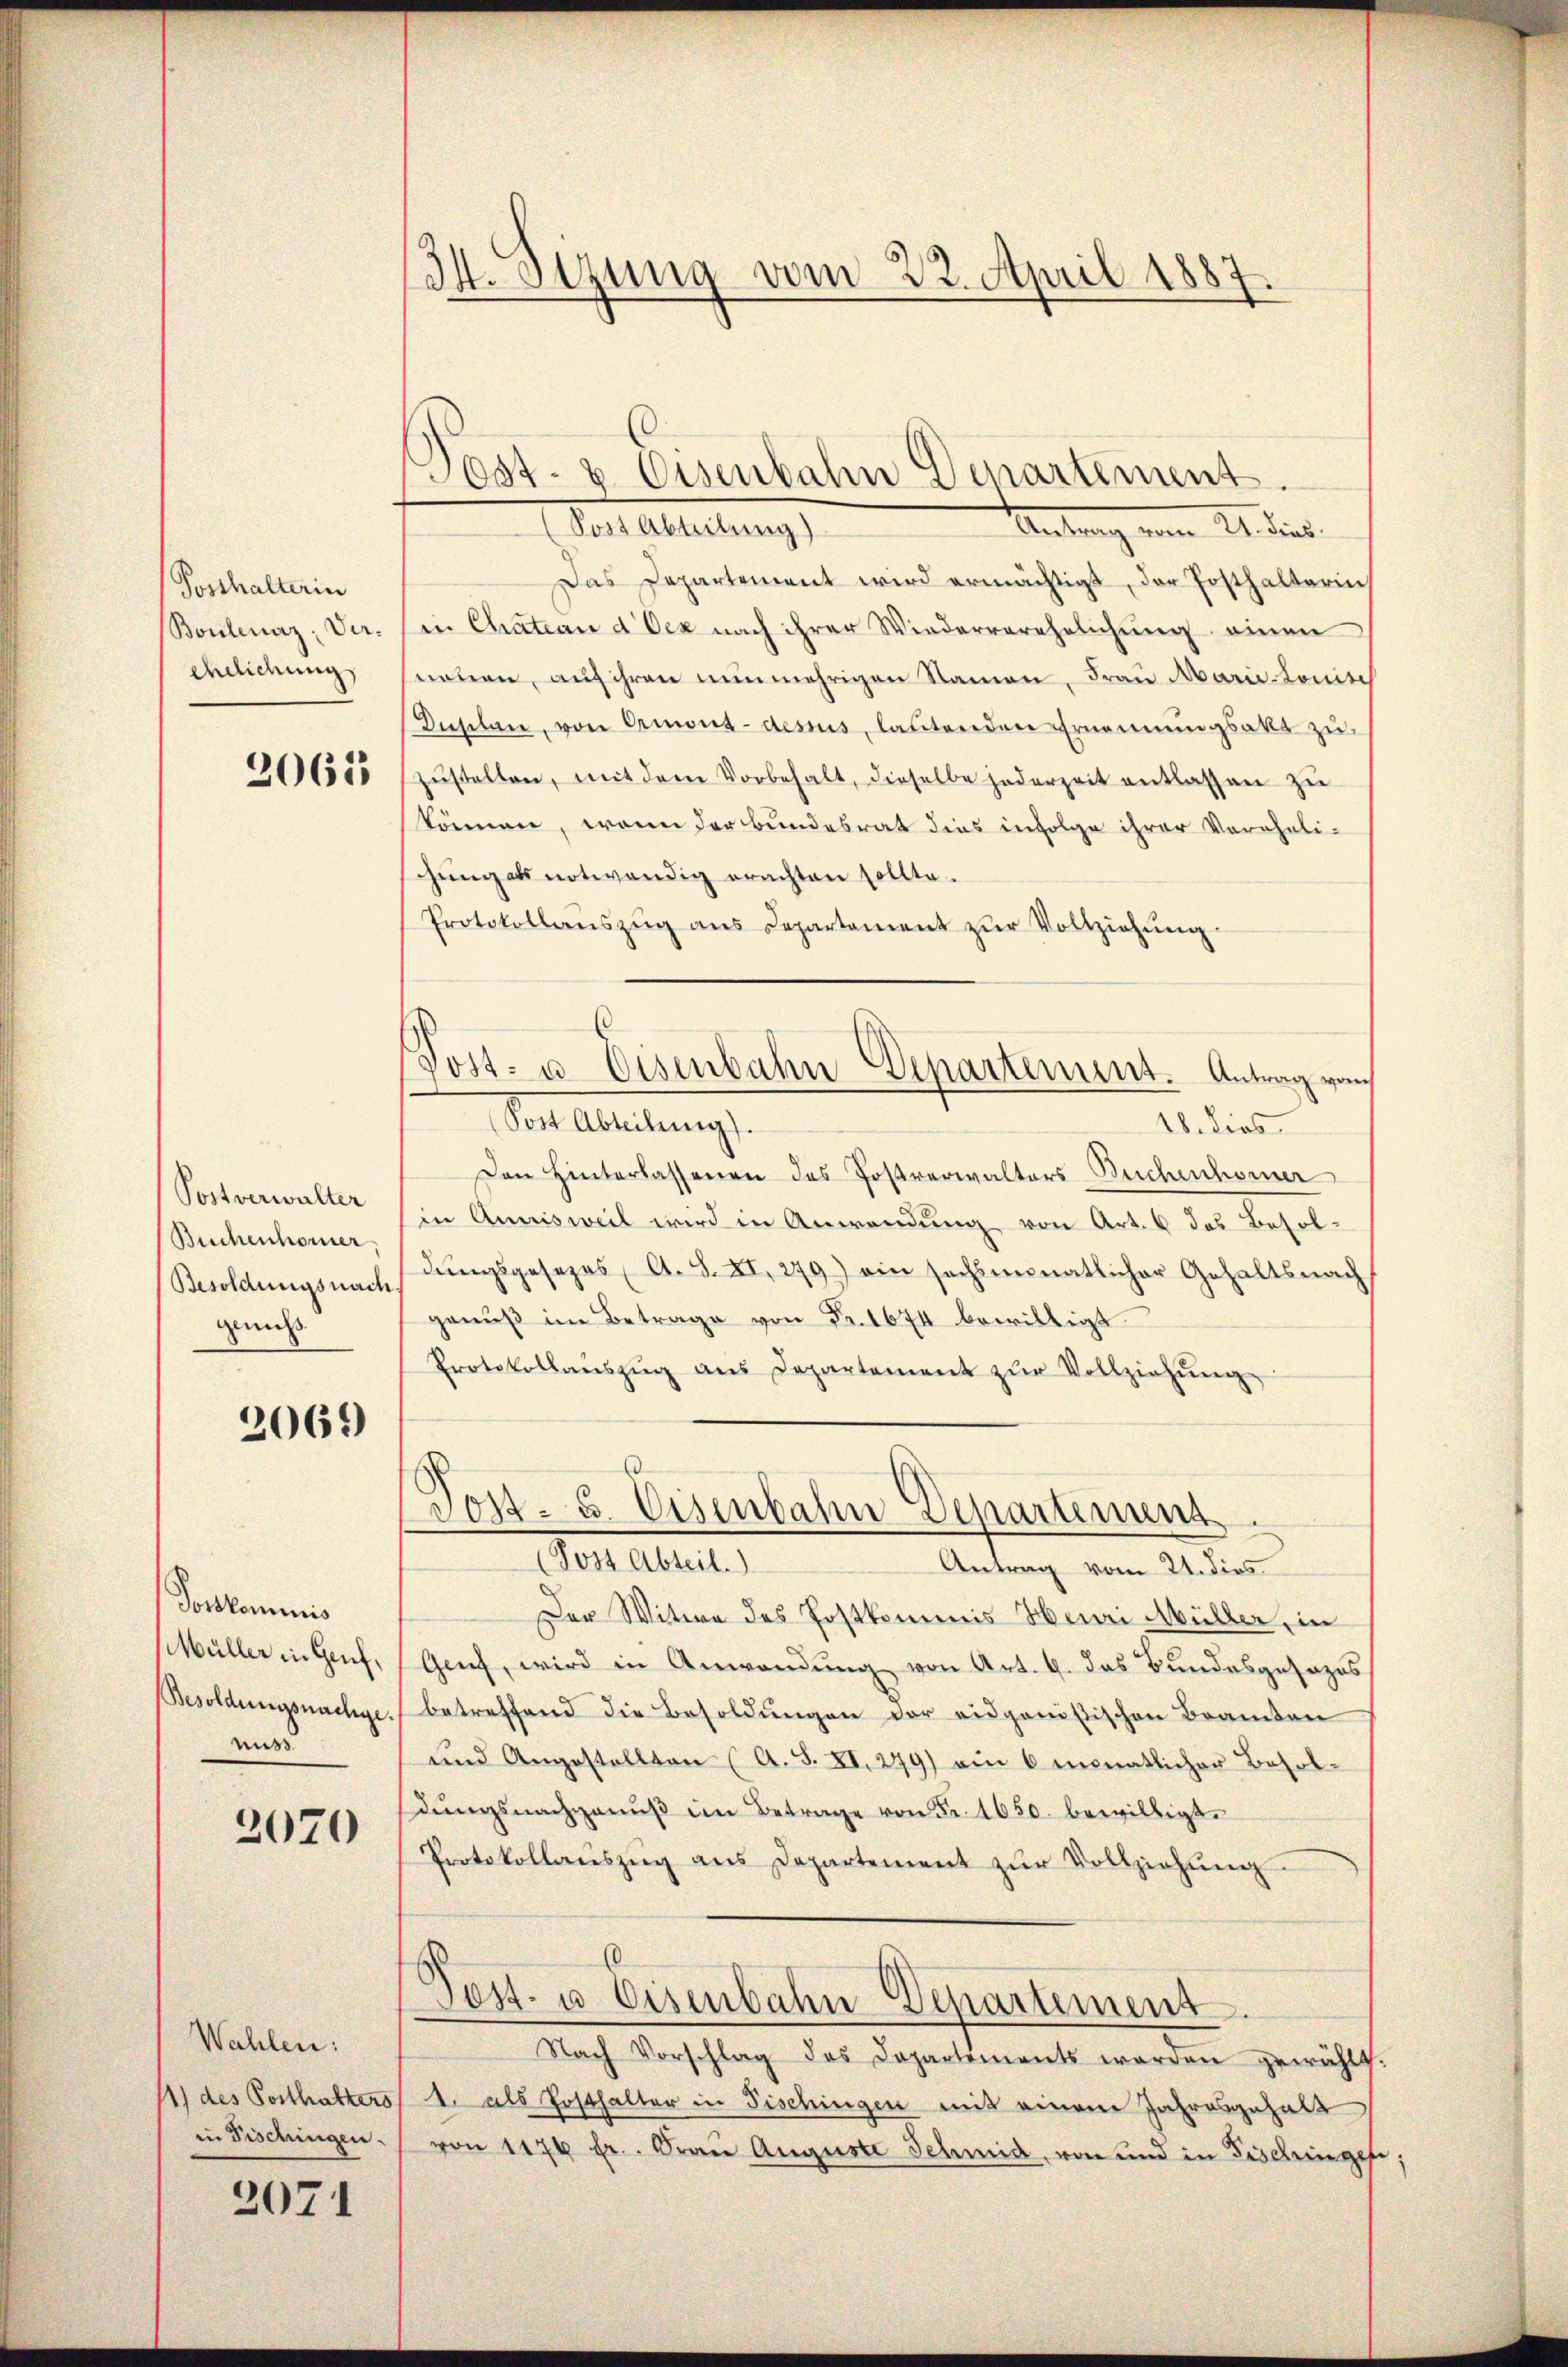
Posthalterin
Bonlaz: Verendlichung

2065

Postverwalter
Buchenhorner
Besoldungsnach
genuß

2069

Totskominis
Müller in Genf,
Besoldungsnachge
miss

2070

Wahlen:
1) des Posthalters
in Fischingen.

2071

34. Sezung vom 22. April 1887.

(Sost Abteilung)
Antrag vom 21. dies
Das Departement wird ermächtigt, der Posthalterin
in Chateau d Oex nach ihrer Wiederverehelichung einen
nouen, aŭf ihren nunmehrigen Namen, Frau Marie-Louise
Duselan, von Ormond-dessus, lautenden Ernennungsakt zŭ
zŭstellen, mit dem Vorbehalt, dieselbe jederzeit entlassen zu
können, wenn der Bundesrat dies infolge ihrer Voreheli-
gung als notwendig erachten sollte.
Protokollanszŭg ans Departement zŭr Vollziehŭng.
Post- u. Eisenbahn-Departement. Antrag vom
Mit Abteilung.
18. dies
Den Hinterlassenen des Postverwalters Buchenhorner
in Quaisweil wird in Anwendung von Art. 6 das Besoldŭngsgesezes A. S. XI. 279) ein sechsmonatlicher Gehaltsnach
ganŭβ im Betrage von Fr. 1674 bewilligt.
Protokollanszŭg ans Departement zŭr Vollziehŭng

Post- & Eisenbahn Departement.

Post- u. Eisenbahn Departement
Von Alte
Antrag vom 21. dies

Der Witwe des Postkomenis Henri Müller, in
Genf, wird in Anwendung von Art. 9. das Bundesgesezes
betreffend die Besoldungen der eidganistischen Beamten
und Angestellten A. S. XI. 279) ain 6 monatlicher Besoldŭngsnachganŭβ im Betrage von Fr. 1650. bewilligt.
Protokollaŭszŭg ans Departement zŭr Vollziehŭng
Pest- u Eisenbahn Departement.
Nach Vorschlag des Departiments werden gewählt.
1. als Hosthalter in Fischingen mit einem Jahresgehalt
von 1170 fr. Frau Auguste Schmid, von und in Fischeingese;